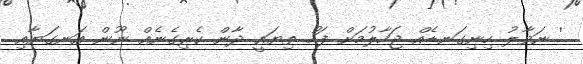
' ނަވާލު ހިނިގަނޑެއް ޖަހާލުމަށް ފަހު ތިޔައީ ދާން ކެރިގެނެއް ނޫން އަނގަޔާއި